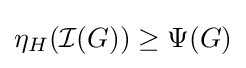
\eta _{H}({\mathcal {I}}(G))\geq \Psi (G)